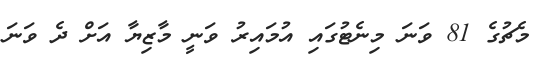
މެޗުގެ 81 ވަނަ މިނެޓުގައި އުމައިރު ވަނީ މާޒިޔާ އަށް ދެ ވަނަ